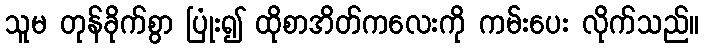
သူမ တုန်ခိုက်စွာ ပြုံး၍ ထိုစာအိတ်ကလေးကို ကမ်းပေး လိုက်သည်။